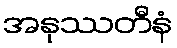
အနုဿတီနံ